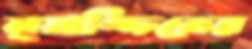
মুয়াজ্জিনের